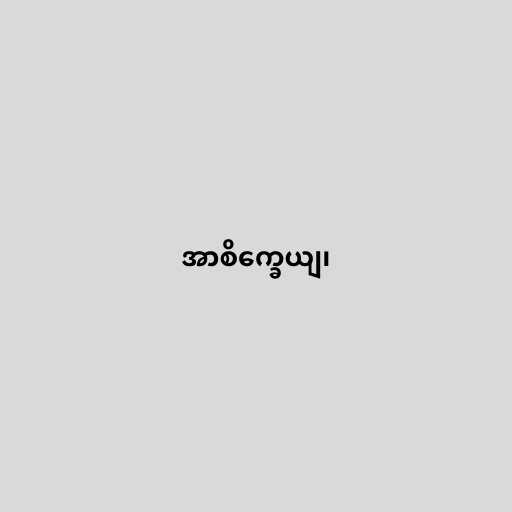
အာစိက္ခေယျ၊